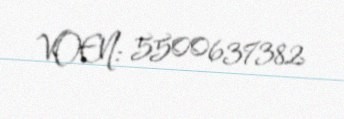
VOEN: 5500637382